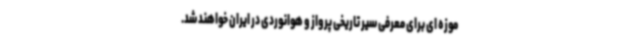
موزه ای برای معرفی سیر تاریخی پرواز و هوانوردی در ایران خواهند شد.